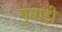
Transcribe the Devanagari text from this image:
गुवाड़ी